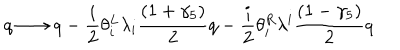
LaTeX: q \longrightarrow q - { \frac { i } { 2 } } \theta _ { i } ^ { L } \lambda _ { i } { \frac { ( 1 + \gamma _ { 5 } ) } { 2 } } q - { \frac { i } { 2 } } \theta _ { i } ^ { R } \lambda ^ { i } { \frac { ( 1 - \gamma _ { 5 } ) } { 2 } } q